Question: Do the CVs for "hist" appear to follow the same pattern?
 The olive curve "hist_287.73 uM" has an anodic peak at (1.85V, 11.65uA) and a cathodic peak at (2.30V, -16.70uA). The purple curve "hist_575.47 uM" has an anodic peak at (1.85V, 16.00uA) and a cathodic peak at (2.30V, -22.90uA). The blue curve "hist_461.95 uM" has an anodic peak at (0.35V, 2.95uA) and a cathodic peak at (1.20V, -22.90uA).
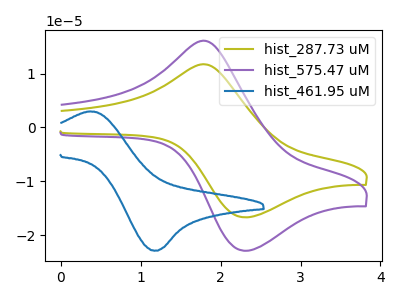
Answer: <think>All the peaks in "hist_287.73 uM" have a peak in "hist_575.47 uM" at the same potential. Every peak in "hist_287.73 uM" is lower than every peak in "hist_575.47 uM". "hist_287.73 uM" and "hist_461.95 uM" have at least one peak that do not match. "hist_575.47 uM" and "hist_461.95 uM" have at least one peak that do not match.
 </think>
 <answer>All the CV's of "hist" have similar shape.</answer>
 <eval>follow_rule</eval>